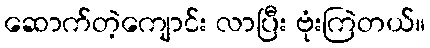
ဆောက်တဲ့ကျောင်း လာပြီး ဗုံးကြဲတယ်။